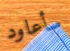
سأعاود